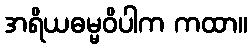
အရိယဓမ္မဝိပါက ကထာ။